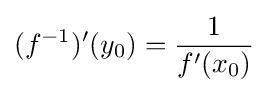
(f^{-1})'(y_{0})={\dfrac {1}{f'(x_{0})}}